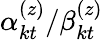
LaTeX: \alpha_{kt}^{(z)}/\beta_{kt}^{(z)}